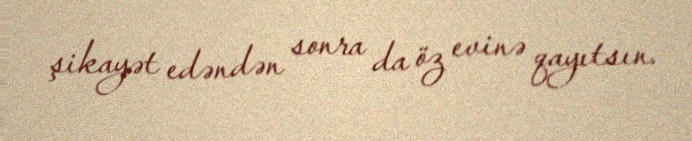
şikayət edəndən sonra da öz evinə qayıtsın.